Civil Veterinary Department. United Provinces 1923-31 - 1923-1931
Year: 1923
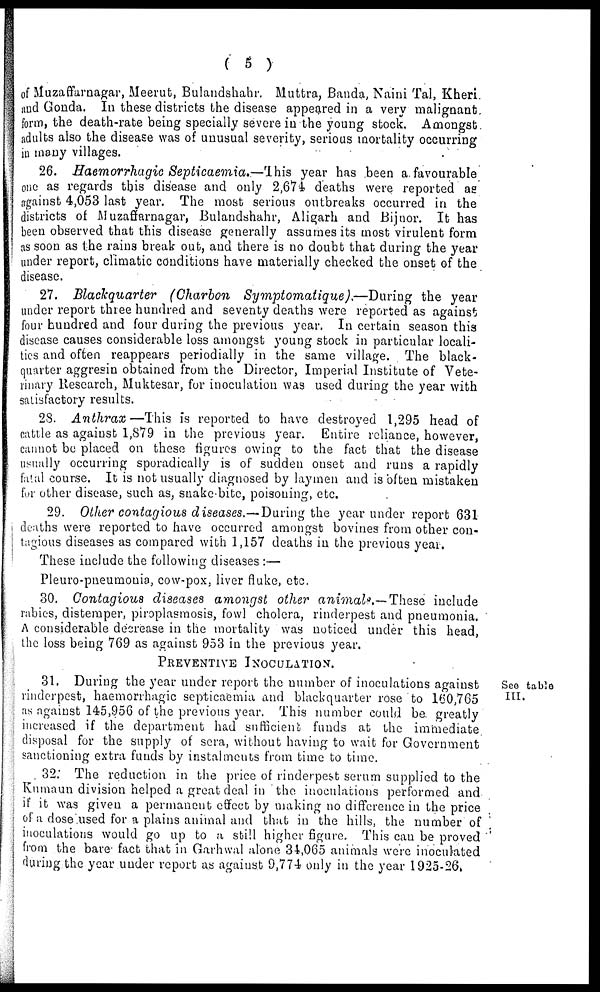
( 5 )
of Muzaffarnagar, Meerut, Bulandshahr. Muttra, Banda, Naini Tal, Kheri.
and Gonda. In these districts the disease appeared in a very malignant
form, the death-rate being specially severe in the young stock. Amongst
adults also the disease was of unusual severity, serious mortality occurring
in many villages.
26. Haemorrhagic Septicaemia.—Ihis
year has been a. favourable
one as regards this disease and only 2,674 deaths were reported as
against 4,053 last year. The most serious outbreaks occurred in the
districts of Muzaffarnagar, Bulandshahr, Aligarh and Bijnor. It has
been observed that this disease generally assumes its most virulent form
as soon as the rains break out, and there is no doubt that during the year
under report, climatic conditions have materially checked the onset of the
disease.
27. Blaclcquarter
(Charbon Symptomatique).—During
the year
under report three hundred and seventy deaths were reported as against
four hundred and four during the previous year. In certain season this
disease causes considerable loss amongst young stock in particular locali-
ties and often reappears periodially in the same village. The black-
quarter aggresin obtained from the Director, Imperial Institute of Vete-
rinary Research, Muktesar, for inoculation was used during the year with
satisfactory results.
2S. Anthrax—This
is reported to have destroyed 1,295 head of
cattle as against 1,879 in the previous year. Entire reliance, however,
cannot be placed on these figures owing to the fact that the disease
usually occurring sporadically is of sudden onset and runs a rapidly
fatal course. It is not usually diagnosed by laymen and is often mistaken
for other disease, such as, snake-bite, poisoning, etc.
29. Other contagious diseases.—During the year under report 631
deaths were reported to have occurred amongst bovines from other con-
tagious diseases as compared with 1,157 deaths in the previous year.
These include the following diseases :—
Pleuro-pneumouia, cow-pox. liver fluke, etc.
30. Contagious diseases amongst other animals.—These
include
rabies, distemper, piroplasmosis, fowl cholera, rinderpest and pneumonia.
A considerable decrease in the mortality was noticed under this head,
the loss being 769 as against 953 in the previous year.
PREVENTIVE INOCULATION.
See table
III.
31. During the year under report the number of inoculations against
rinderpest, haemorrhagic septicaemia and blackquarter rose to 160,765
as against 145,956 of the previous year. This number could be greatly
increased if the department had sufficient funds at the immediate
disposal for the supply of sera, without having to wait for Government
sanctioning extra funds by instalments from time to time.
32: The reduction in the price of rinderpest serum supplied to the
Kumaun division helped a great deal in the inoculations performed and
if it was given a permanent effect by making no difference in the price
of a dose used for a plains animal and that in the hills, the number of
inoculations would go up to a still higher figure. This can be proved
from the bare fact that in Garhwal alone 34,065 animals were inoculated
during the year under report as against 9,774 only in the year 1925-26.